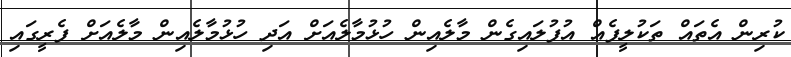
ކުރިން އެތައް ތަކުލީފެއް އުފުލައިގެން މާލެއިން ހުޅުމާލެއަށް އަދި ހުޅުމާލެއިން މާލެއަށް ފެރީގައި